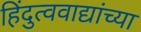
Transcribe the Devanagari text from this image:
हिंदुत्ववाद्यांच्या